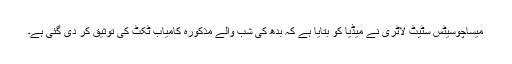
میساچوسیٹس سٹیٹ لاٹری نے میڈیا کو بتایا ہے کہ بدھ کی شب والے مذکورہ کامیاب ٹکٹ کی توثیق کر دی گئی ہے۔